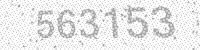
Solution: 563153